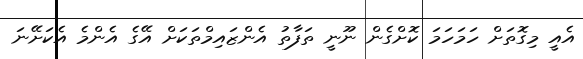
އެއީ މިގޮތަށް ހަމަހަމަ ކޮށްގެން ނޫނީ ތަފާތު އެންޒައިމްތަކަށް އޭގެ އެންމެ އެކަށޭނަ